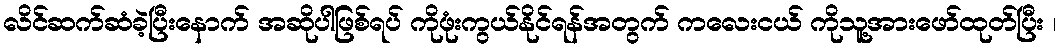
လိင်ဆက်ဆံခဲ့ပြီးနောက် အဆိုပါဖြစ်ရပ် ကိုဖုံးကွယ်နိုင်ရန်အတွက် ကလေးငယ် ကိုသူ့အားဖော်ထုတ်ပြီး ၊